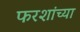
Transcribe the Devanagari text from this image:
फरशांच्या